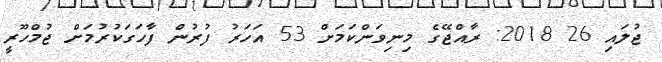
ޖުލައި 26 2018: ރާއްޖޭގެ މިނިވަންކަމަށް 53 އަހަރު ފުރުން ފާހަގަކުރުމަށް ޖުމްހޫރީ